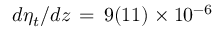
d \eta _ { t } / d z \, = \, 9 ( 1 1 ) \times 1 0 ^ { - 6 }